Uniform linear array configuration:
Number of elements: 8
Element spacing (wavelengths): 0.5
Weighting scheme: blackman
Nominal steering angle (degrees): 15
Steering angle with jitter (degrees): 16.65
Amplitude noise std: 0.05
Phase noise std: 0.05

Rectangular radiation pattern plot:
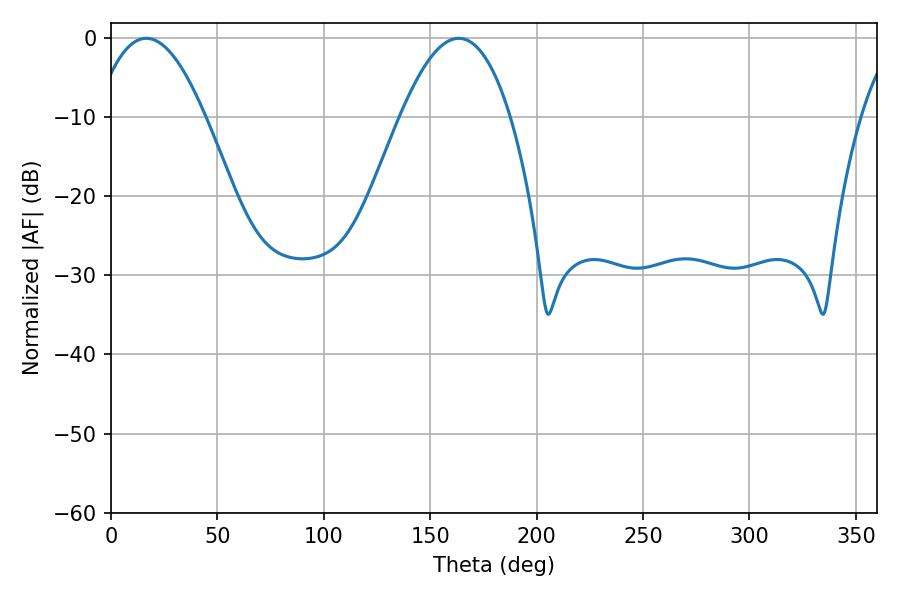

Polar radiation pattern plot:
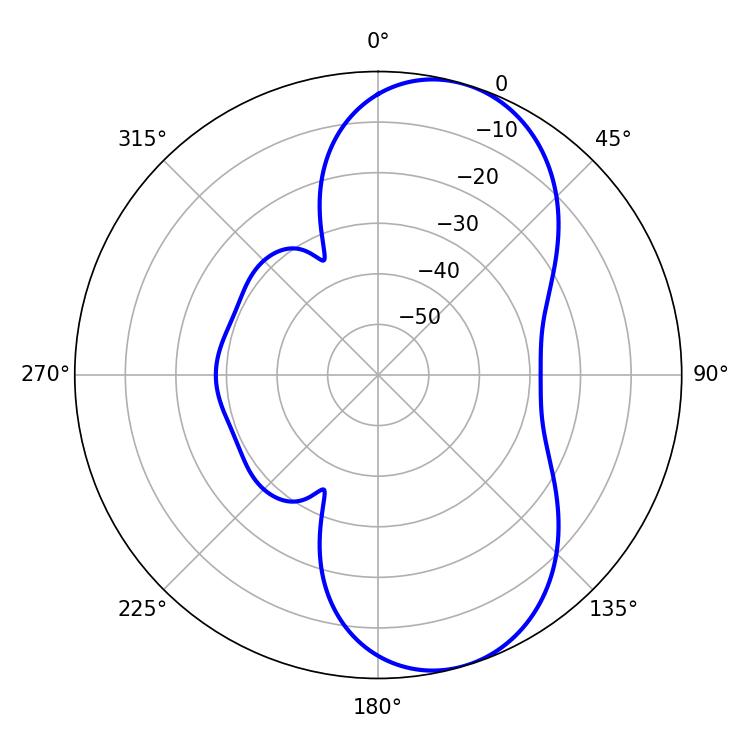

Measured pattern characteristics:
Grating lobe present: FALSE
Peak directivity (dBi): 7.975
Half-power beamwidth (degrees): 28.44
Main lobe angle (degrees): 16.56